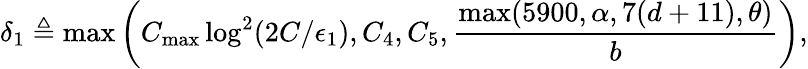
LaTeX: \delta_{1}\triangleq\operatorname*{max}\left(C_{\mathrm{max}}\log^{2}(2C/\epsilon_{1}),C_{4},C_{5},\frac{\operatorname*{max}(5900,\alpha,7(d+11),\theta)}{b}\right),